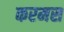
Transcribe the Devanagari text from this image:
करमस